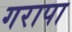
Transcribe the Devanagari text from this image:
गरापा